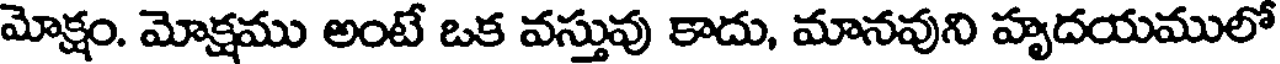
మోక్షం. మోక్షము అంటే ఒక వస్తువు కాదు, మానవుని హృదయములో